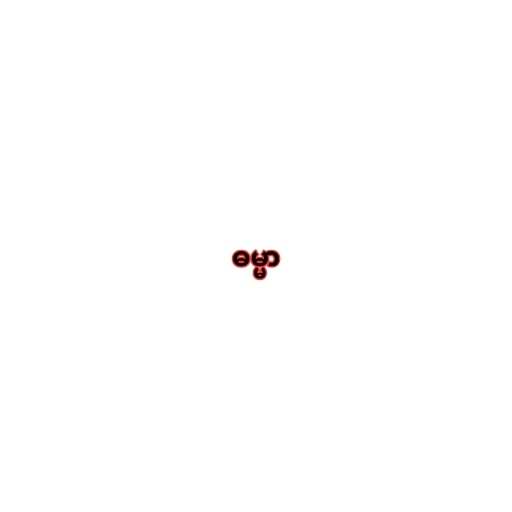
ဓမ္မာ